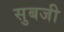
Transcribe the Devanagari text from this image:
सुबजी